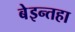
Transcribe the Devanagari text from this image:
बेइन्तहा